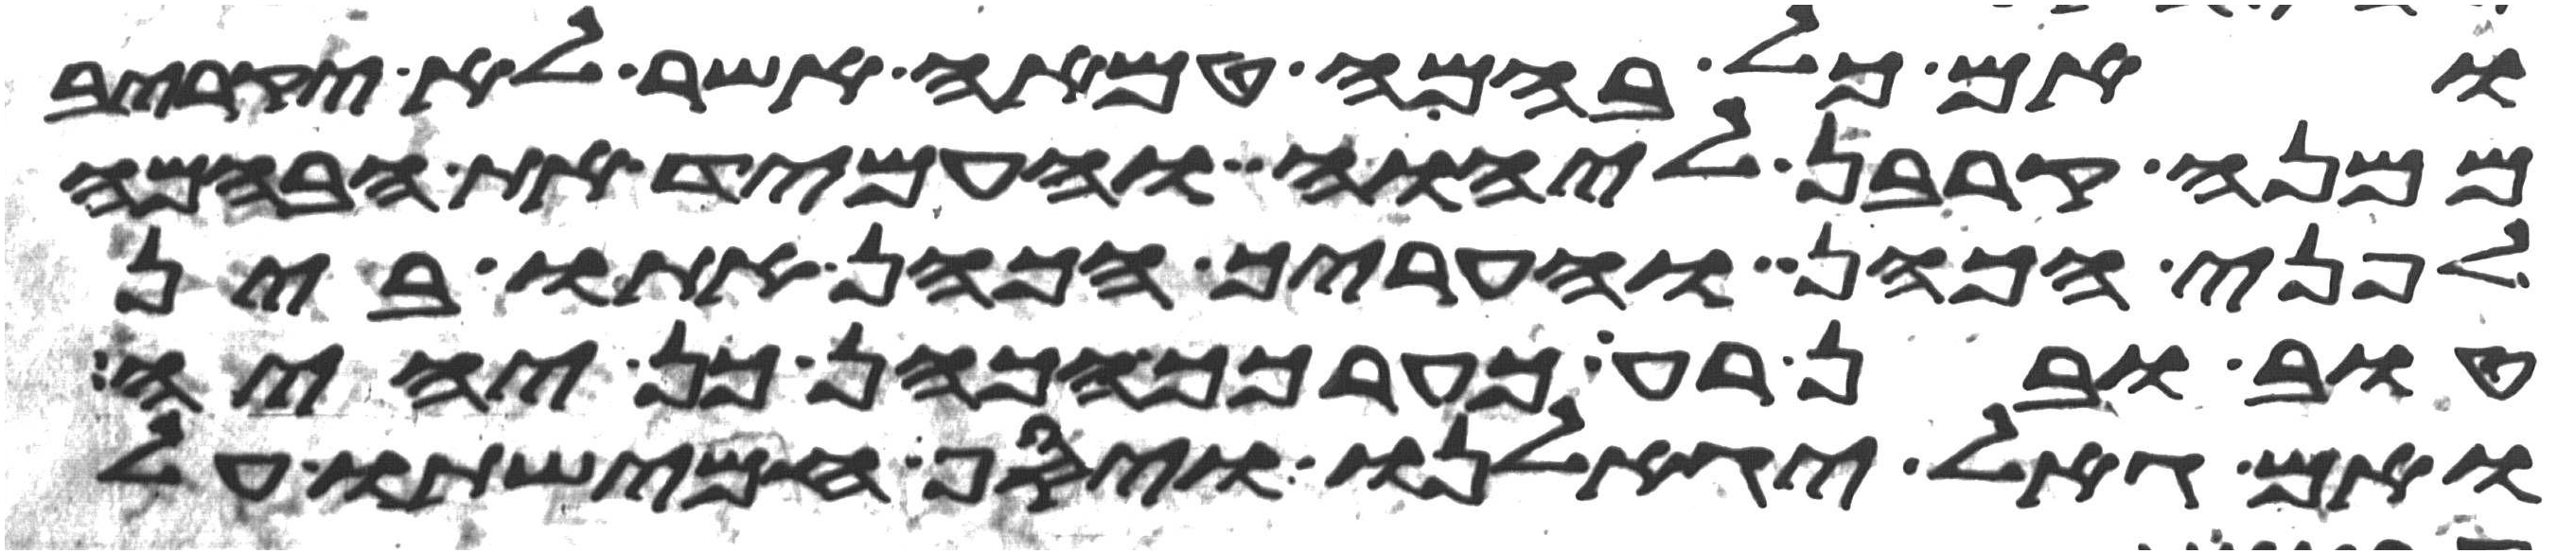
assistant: ואם כל בהמה טמאה אשר לא יקריב
ממנה קרבן ליהוה והעמיד את הבהמה
לפני הכהן והעריך הכהן אתו בין
טוב ובין רע כערכך הכהן כן יהיה
ואם גאל יגאלנו ויסף חמישתו על